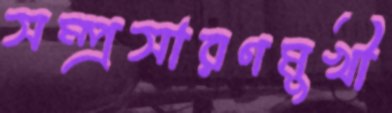
সম্প্রসারণমুখী